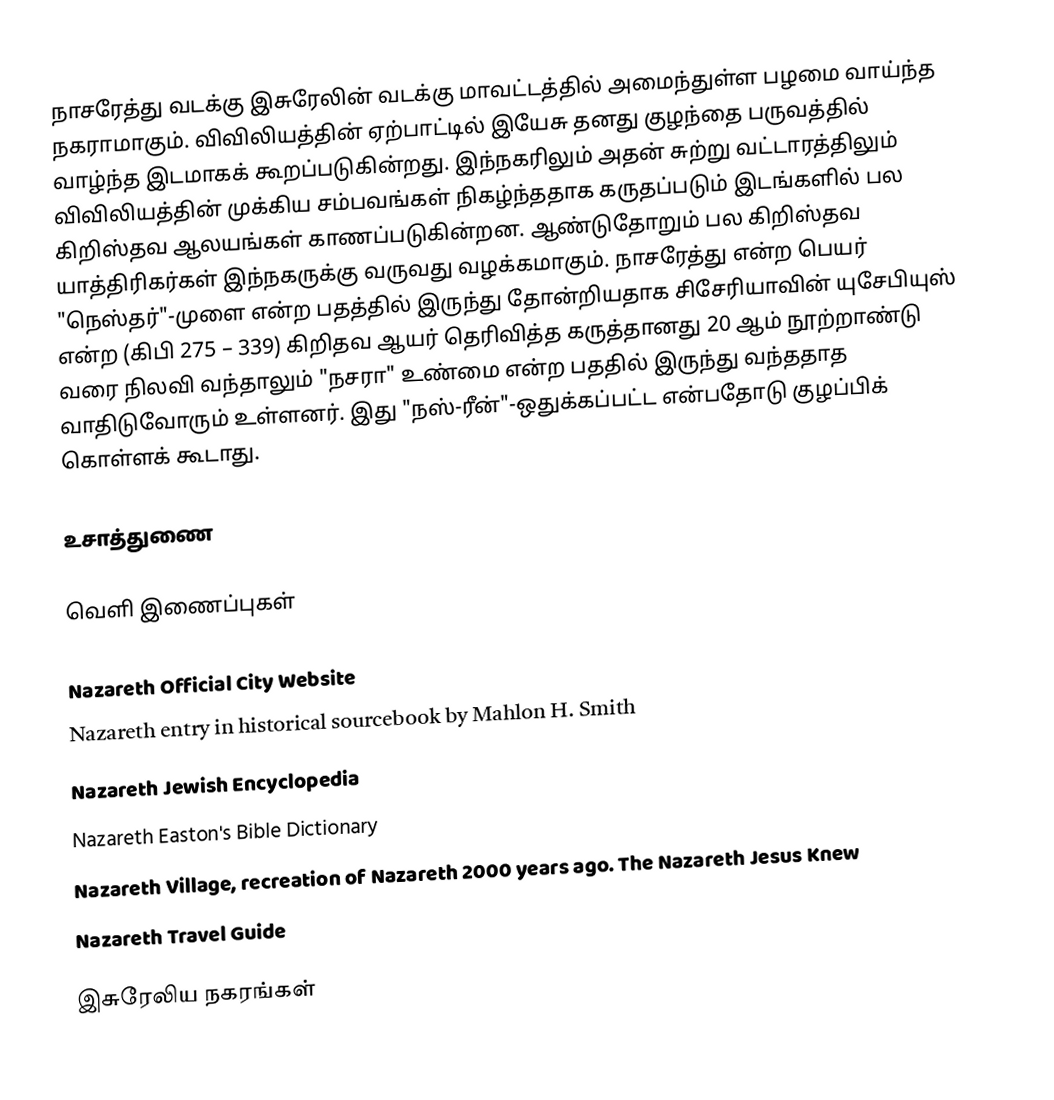
நாசரேத்து வடக்கு இசுரேலின் வடக்கு மாவட்டத்தில் அமைந்துள்ள பழமை வாய்ந்த நகராமாகும். விவிலியத்தின் ஏற்பாட்டில் இயேசு தனது குழந்தை பருவத்தில் வாழ்ந்த இடமாகக் கூறப்படுகின்றது. இந்நகரிலும் அதன் சுற்று வட்டாரத்திலும் விவிலியத்தின் முக்கிய சம்பவங்கள் நிகழ்ந்ததாக கருதப்படும் இடங்களில் பல கிறிஸ்தவ ஆலயங்கள் காணப்படுகின்றன. ஆண்டுதோறும் பல கிறிஸ்தவ யாத்திரிகர்கள் இந்நகருக்கு வருவது வழக்கமாகும். நாசரேத்து என்ற பெயர் "நெஸ்தர்"-முளை என்ற பதத்தில் இருந்து தோன்றியதாக சிசேரியாவின் யுசேபியுஸ் என்ற (கிபி 275 – 339) கிறிதவ ஆயர் தெரிவித்த கருத்தானது 20 ஆம் நூற்றாண்டு வரை நிலவி வந்தாலும் "நசரா" உண்மை என்ற பததில் இருந்து வந்ததாத வாதிடுவோரும் உள்ளனர். இது "நஸ்-ரீன்"-ஒதுக்கப்பட்ட என்பதோடு குழப்பிக் கொள்ளக் கூடாது.

உசாத்துணை

வெளி இணைப்புகள்

 Nazareth Official City Website
 Nazareth entry in historical sourcebook by Mahlon H. Smith
 Nazareth Jewish Encyclopedia
 Nazareth Easton's Bible Dictionary
 Nazareth Village, recreation of Nazareth 2000 years ago. The Nazareth Jesus Knew
 Nazareth Travel Guide

இசுரேலிய நகரங்கள்